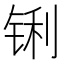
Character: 𮸊